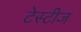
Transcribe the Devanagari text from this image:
टेस्टीज